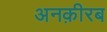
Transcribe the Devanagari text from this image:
अनक़ीरब